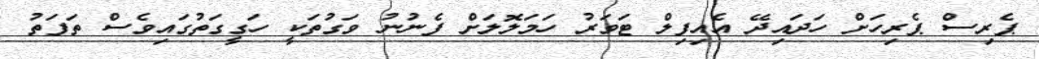
ޕެރިސް ޕެރިހަށް ހަދައިދޭ އެއިފިލް ޓަވަރު ހަމަލޮލަށް ފެނުނު ވަގުތަކީ ހަގީގަތުގައިވެސް ތަފަތު